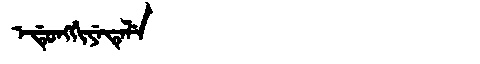
Manchu: ᡝᡩᡠᠩᡤᡳᠶᡝᡨᡝᠯᡝ
Romanization: EDUNGGIYETELE